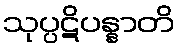
သုပ္ပဋိပန္နာတိ